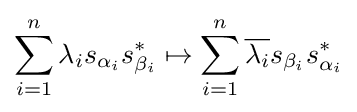
\sum _{i=1}^{n}\lambda _{i}s_{\alpha _{i}}s_{\beta _{i}}^{*}\mapsto \sum _{i=1}^{n}{\overline {\lambda _{i}}}s_{\beta _{i}}s_{\alpha _{i}}^{*}